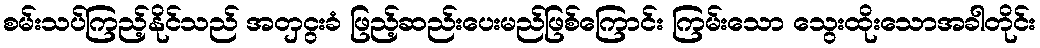
စမ်းသပ်ကြည့်နိုင်သည် အတှငွးခံ ဖြည့်ဆည်းပေးမည်ဖြစ်ကြောင်း ကြမ်းသော သွေးထိုးသောအခါတိုင်း